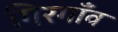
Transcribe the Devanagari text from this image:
गिरगाँव